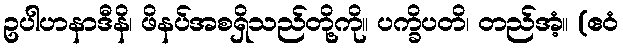
ဥပါဟနာဒီနိ၊ ဖိနပ်အစရှိသည်တို့ကို။ ပက္ခိပတိ၊ တည်အံ့။ (ဧဝံ